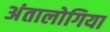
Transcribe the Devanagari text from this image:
अंतालोगिया